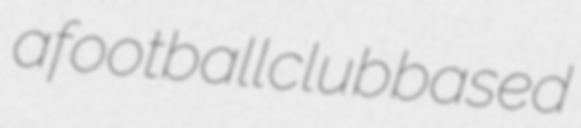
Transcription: a football club based